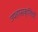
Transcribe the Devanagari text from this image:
उपहासकृतियों